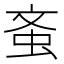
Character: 蚉